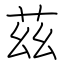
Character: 茲